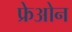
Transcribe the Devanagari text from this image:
फ्रेओन